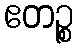
ဧတဉ္စ